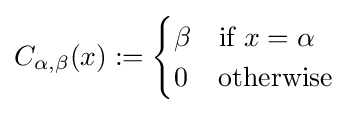
C_{\alpha ,\beta }(x):={\begin{cases}\beta &{\text{if }}x=\alpha \\0&{\text{otherwise}}\end{cases}}